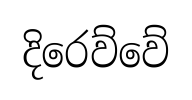
දිරෙව්වේ